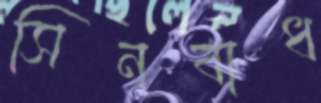
সিনবাধ